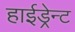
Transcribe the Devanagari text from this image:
हाईड्रेन्ट